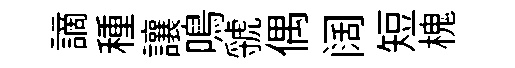
謫種讓鳴虢偶阔短槐